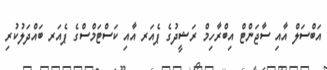
އަބްސަލް އާއި ސާޖަންޓް އިބްރާހިމް ރަޝީދުގެ ޕެއަރ އާއި ކަސްޓަމްސްގެ ޕެއަރ ބައްދަލުކުރި